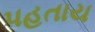
પહતાય